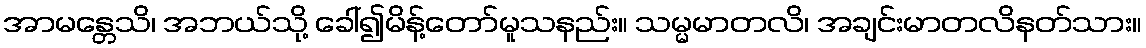
အာမန္တေသိ၊ အဘယ်သို့ ခေါ်၍မိန့်တော်မူသနည်း။ သမ္မမာတလိ၊ အချင်းမာတလိနတ်သား။